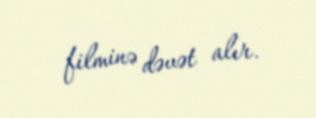
filminə dəvət alır.